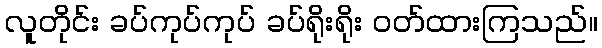
လူတိုင်း ခပ်ကုပ်ကုပ် ခပ်ရိုးရိုး ဝတ်ထားကြသည်။